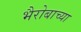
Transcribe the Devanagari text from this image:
भैरोबाच्या